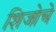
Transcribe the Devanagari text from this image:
शिजोचे